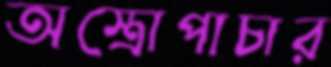
অস্ত্রোপাচার